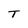
Character: T